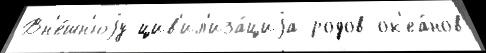
Вн'е́шн'юjу цив'ил'иза́циjа родов ок'еа́нов